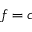
f = c